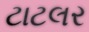
ટાટલર